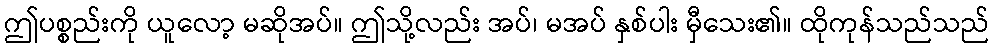
ဤပစ္စည်းကို ယူလော့ မဆိုအပ်။ ဤသို့လည်း အပ်၊ မအပ် နှစ်ပါး မှီသေး၏။ ထိုကုန်သည်သည်